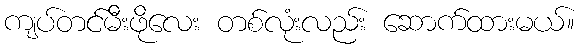
ကျပ်တင်မီးဖိုလေး တစ်လုံးလည်း ဆောက်ထားမယ်။